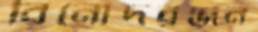
বিনোদরঞ্জন